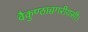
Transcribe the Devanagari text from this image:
वैकुण्ठाच्चगरीयसी।